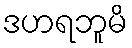
ဒဟရဘူမိ